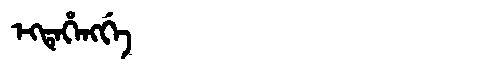
Manchu: ᡝᡴᡨᡝᡥᡝᠩᡤᡝ
Romanization: EKTEHENGGE